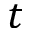
t